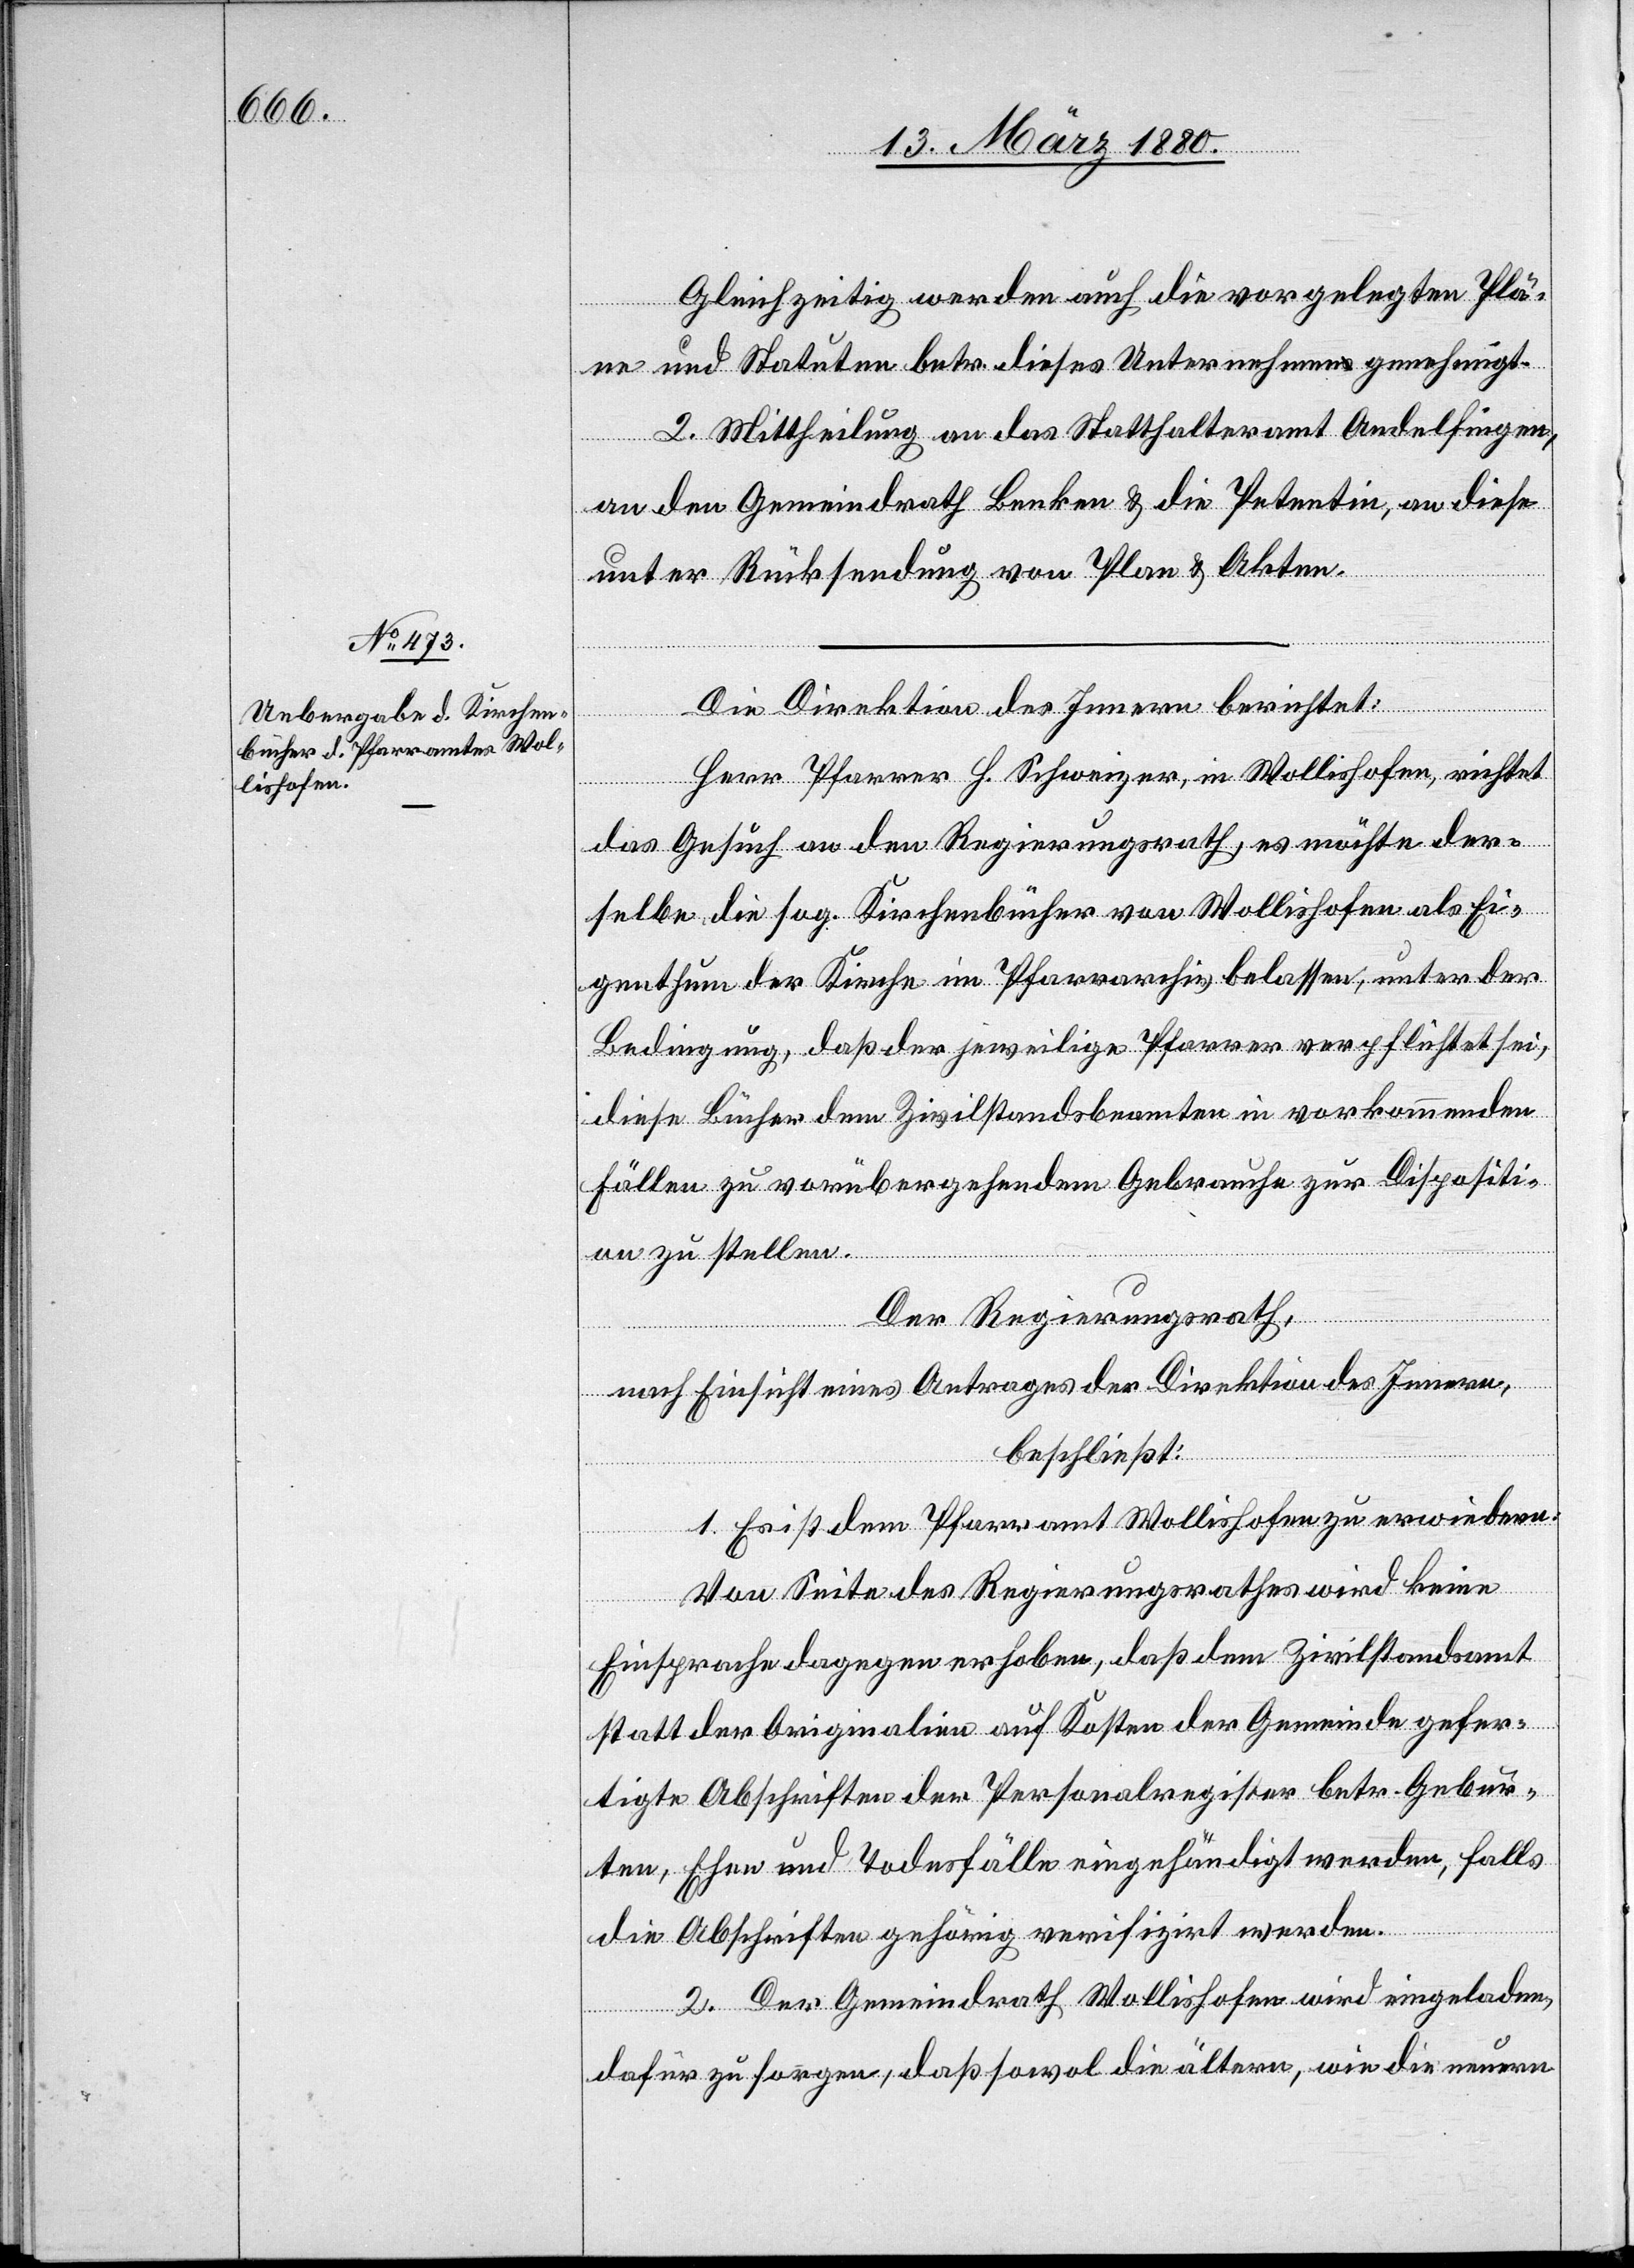
Gleichzeitig werden auch die vorgelegten Plä¬
ne und Statuten betr. dieses Unternehmen genehmigt.
2. Mittheilung an das Statthalteramt Andelfingen,
an den Gemeindrath Benken & die Petentin, an diese
unter Rücksendung von Plan & Akten.
Die Direktion des Innern berichtet:
Herr Pfarrer H. Schweizer, in Wollishofen, richtet
das Gesuch an den Regierungsrath, es möchte der¬
selbe die sog. Kirchenbücher von Wollishofen als Ei¬
genthum der Kirche im Pfarrarchiv belassen, unter der
Bedingung, daß der jeweilige Pfarrer verpflichtet sei,
diese Bücher dem Zivilstandsbeamten in vorkommenden
Fällen zu vorübergehendem Gebrauche zur Dispositi¬
on zu stellen.
Der Regierungsrath,
nach Einsicht eines Antrages der Direktion des Innern,
beschließt:
1. Es ist dem Pfarramt Wollishofen zu erwiedern:
Von Seite des Regierungsrathes wird keine
Einsprache dagegen erhoben, daß dem Zivilstandsamt
statt der Originalien auf Kosten der Gemeinde gefer¬
tigte Abschriften der Personalregister betr. Gebur¬
ten, Ehen und Todesfälle eingehändigt werden, falls
die Abschriften gehörig verifizirt werden.
2. Der Gemeindrath Wollishofen wird eingeladen,
dafür zu sorgen, daß sowol die ältern, wie die neuern